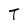
Character: T